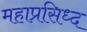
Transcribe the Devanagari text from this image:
महाप्रसिध्द